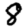
Digit: 8